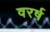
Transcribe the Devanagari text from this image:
वरर्ष